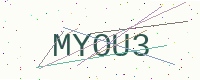
Text: MYOU3